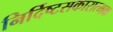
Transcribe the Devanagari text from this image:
निर्दिष्टसकारात्मक